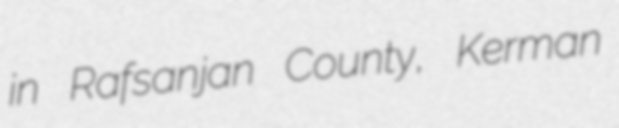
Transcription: in Rafsanjan County, Kerman